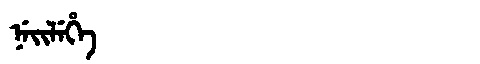
Manchu: ᠨᡝᡳᠯᡝᡥᡝ
Romanization: NEILEHE